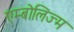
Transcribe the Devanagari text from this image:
एम्बोलिज्म